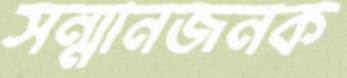
সন্মানজনক